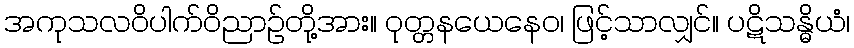
အကုသလဝိပါက်ဝိညာဉ်တို့အား။ ဝုတ္တနယေနေဝ၊ ဖြင့်သာလျှင်။ ပဋိသန္ဓိယံ၊